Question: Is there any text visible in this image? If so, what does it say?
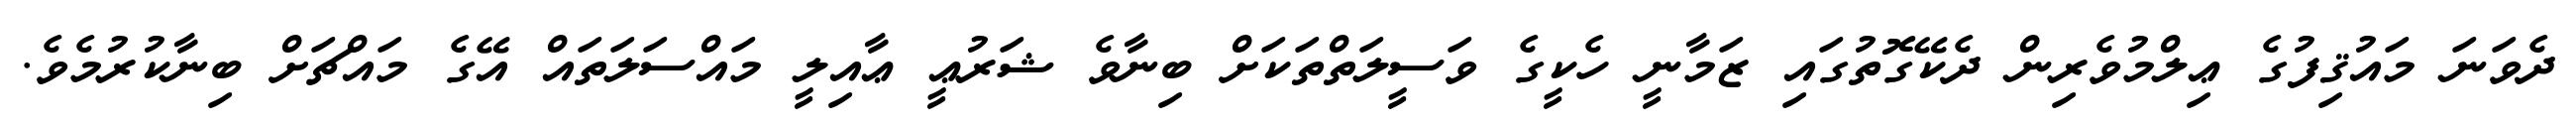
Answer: ދެވަނަ މައުޤިފުގެ ޢިލްމުވެރިން ދެކޭގޮތުގައި ޒަމާނީ ހެކީގެ ވަސީލަތްތަކަށް ބިނާވެ ޝަރުޢީ ޢާއިލީ މައްސަލަތައް އޭގެ މައްޗަށް ބިނާކުރުމެވެ.